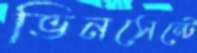
ভিনসেন্টে